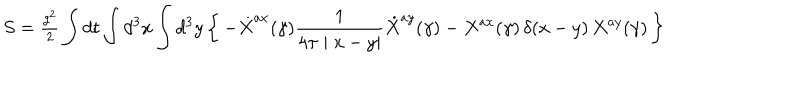
S = { \textstyle { \frac { g ^ { 2 } } { 2 } } } \int d t \int d ^ { 3 } { x } \int d ^ { 3 } { y } \left\{ \, - \dot { X } ^ { a x } ( \gamma ) \frac { 1 } { 4 \pi \mid x - y \mid } \dot { X } ^ { a y } ( \gamma ) - X ^ { a x } ( \gamma ) \, \delta ( x - y ) \, X ^ { a y } ( \gamma ) \, \right\}